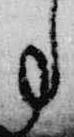
事